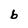
Character: b